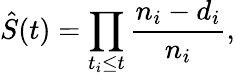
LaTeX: \hat{S}(t)=\prod_{t_{i}\le t}\frac{n_{i}-d_{i}}{n_{i}},